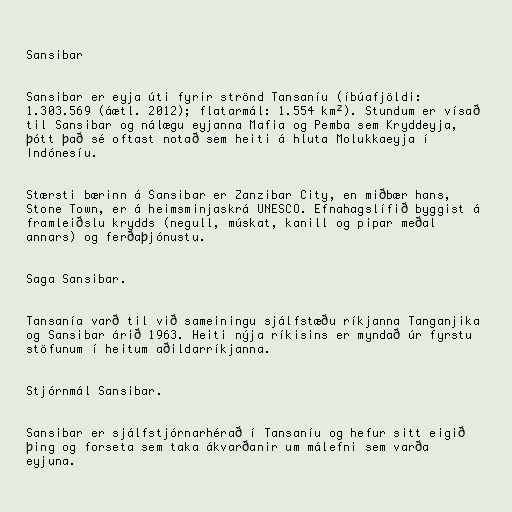
Sansibar

Sansibar er eyja úti fyrir strönd Tansaníu (íbúafjöldi:
1.303.569 (áætl. 2012); flatarmál: 1.554 km²). Stundum er vísað
til Sansibar og nálægu eyjanna Mafia og Pemba sem Kryddeyja,
þótt það sé oftast notað sem heiti á hluta Molukkaeyja í
Indónesíu.

Stærsti bærinn á Sansibar er Zanzibar City, en miðbær hans,
Stone Town, er á heimsminjaskrá UNESCO. Efnahagslífið byggist á
framleiðslu krydds (negull, múskat, kanill og pipar meðal
annars) og ferðaþjónustu.

Saga Sansibar.

Tansanía varð til við sameiningu sjálfstæðu ríkjanna Tanganjika
og Sansibar árið 1963. Heiti nýja ríkisins er myndað úr fyrstu
stöfunum í heitum aðildarríkjanna.

Stjórnmál Sansibar.

Sansibar er sjálfstjórnarhérað í Tansaníu og hefur sitt eigið
þing og forseta sem taka ákvarðanir um málefni sem varða
eyjuna.